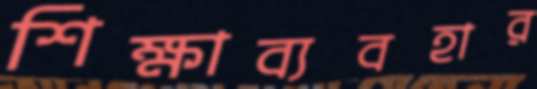
শিক্ষাব্যবহার